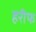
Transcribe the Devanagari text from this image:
हरीफ